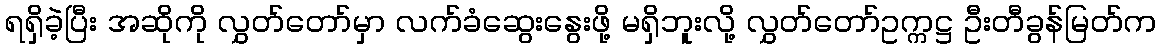
ရရှိခဲ့ပြီး အဆိုကို လွှတ်တော်မှာ လက်ခံဆွေးနွေးဖို့ မရှိဘူးလို့ လွှတ်တော်ဥက္ကဋ္ဌ ဦးတီခွန်မြတ်က